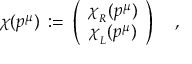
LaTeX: \chi ( p ^ { \mu } ) \, : = \, \left( \begin{array} { c } { { \chi _ { _ R } ( p ^ { \mu } ) } } \\ { { \chi _ { _ L } ( p ^ { \mu } ) } } \end{array} \right) \quad ,